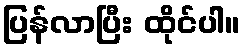
ပြန်လာပြီး ထိုင်ပါ။